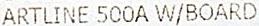
ARTLINE 500A W/BOARD